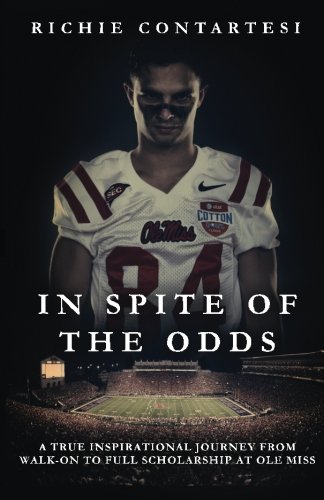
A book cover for In Spite of the Odds: A True Inspirational Journey from Walk-on to Full Scholarship at Ole Miss; Richie Contartesi; Biographies & Memoirs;